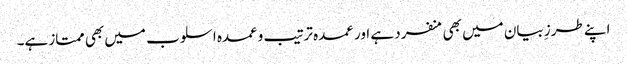
اپنے طرزِ بیان میں بھی منفرد ہے اور عمدہ ترتیب وعمدہ اسلوب میں بھی ممتاز ہے۔